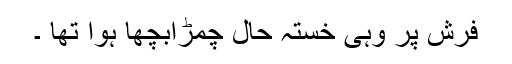
فرش پر وہی خستہ حال چمڑابچھا ہوا تھا ۔